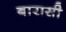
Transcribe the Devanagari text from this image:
बारासी